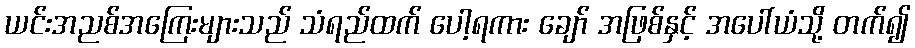
ယင်းအညစ်အကြေးများသည် သံရည်ထက် ပေါ့ရကား ချော် အဖြစ်နှင့် အပေါ်ယံသို့ တက်၍